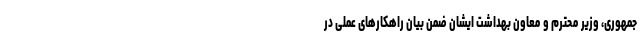
جمهوری، وزیر محترم و معاون بهداشت ایشان ضمن بیان راهکارهای عملی در